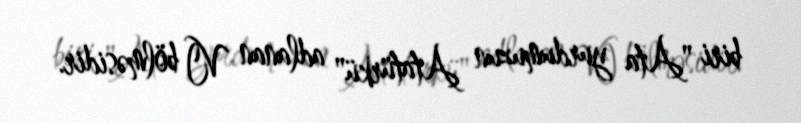
biri "Ata yurdumuzun Atatürkü" adlanan VI bölməsidir.